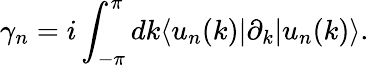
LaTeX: \gamma_{n}=i\int_{-\pi}^{\pi}dk\langle{u_{n}(k)}|{\partial_{k}}|u_{n}(k)\rangle.